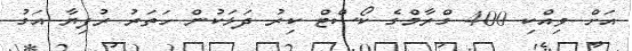
އަށް ވިއްކި 400 ގްރާމްގެ ކޯސްޓް ކިރު ދަޅަކުން ހަތަރު ރުފިޔާ އަގު